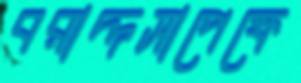
বরাদ্দসাপেক্ষে